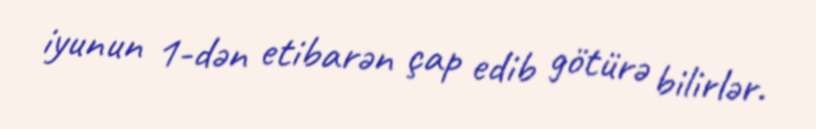
iyunun 1-dən etibarən çap edib götürə bilirlər.